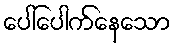
ပေါ်ပေါက်နေသော